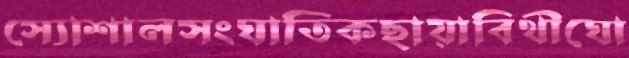
স্যোশালসংঘাতিকছায়াবিথীঘো